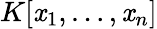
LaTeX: K[\mathit{x}_{1},\ldots,\mathit{x}_{n}]